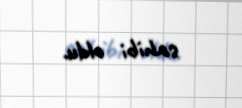
sahibi oldu.